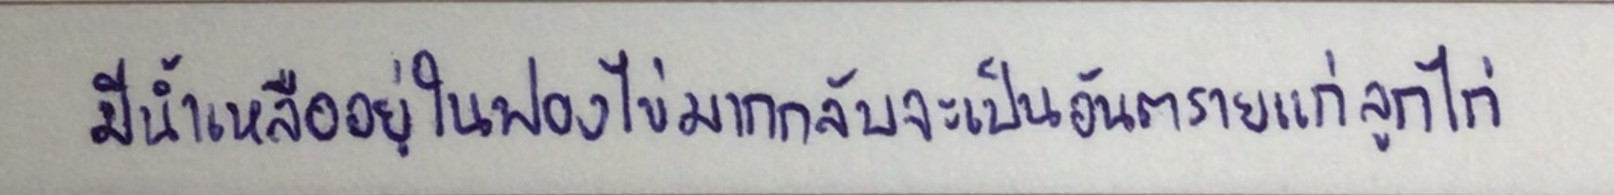
มีน้ำเหลืออยู่ในฟองไข่มากกลับจะเป็นอันตรายแก่ลูกไก่